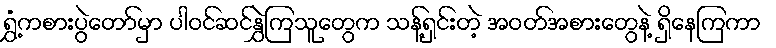
ရွှံ့ကစားပွဲတော်မှာ ပါဝင်ဆင်နွှဲကြသူတွေက သန့်ရှင်းတဲ့ အဝတ်အစားတွေနဲ့ ရှိနေကြကာ